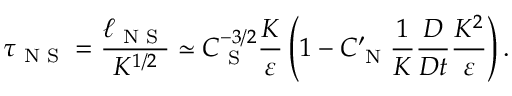
\tau _ { \textrm { N S } } = \frac { \ell _ { \textrm { N S } } } { K ^ { 1 / 2 } } \simeq C _ { \textrm { S } } ^ { - 3 / 2 } \frac { K } { \varepsilon } \left( { 1 - C _ { \textrm { N } } ^ { \prime } \frac { 1 } { K } \frac { D } { D t } \frac { K ^ { 2 } } { \varepsilon } } \right) .